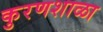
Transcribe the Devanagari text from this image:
कुरणशाळा